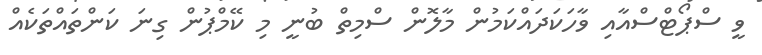
ވީ ސްޕޯޓްސްއާއި ވާހަކަދައްކަމުން މާލޮން ސްމިތް ބުނީ މި ކޭމްޕުން ގިނަ ކަންތައްތަކެއް